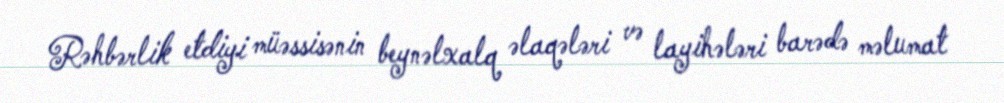
Rəhbərlik etdiyi müəssisənin beynəlxalq əlaqələri və layihələri barədə məlumat